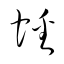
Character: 蟠